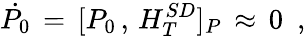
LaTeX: \dot{P_{0}}\, =\, [P_{0}\, ,\, H_{T}^{SD}]_{P}\, \approx\, 0\, \, \, ,